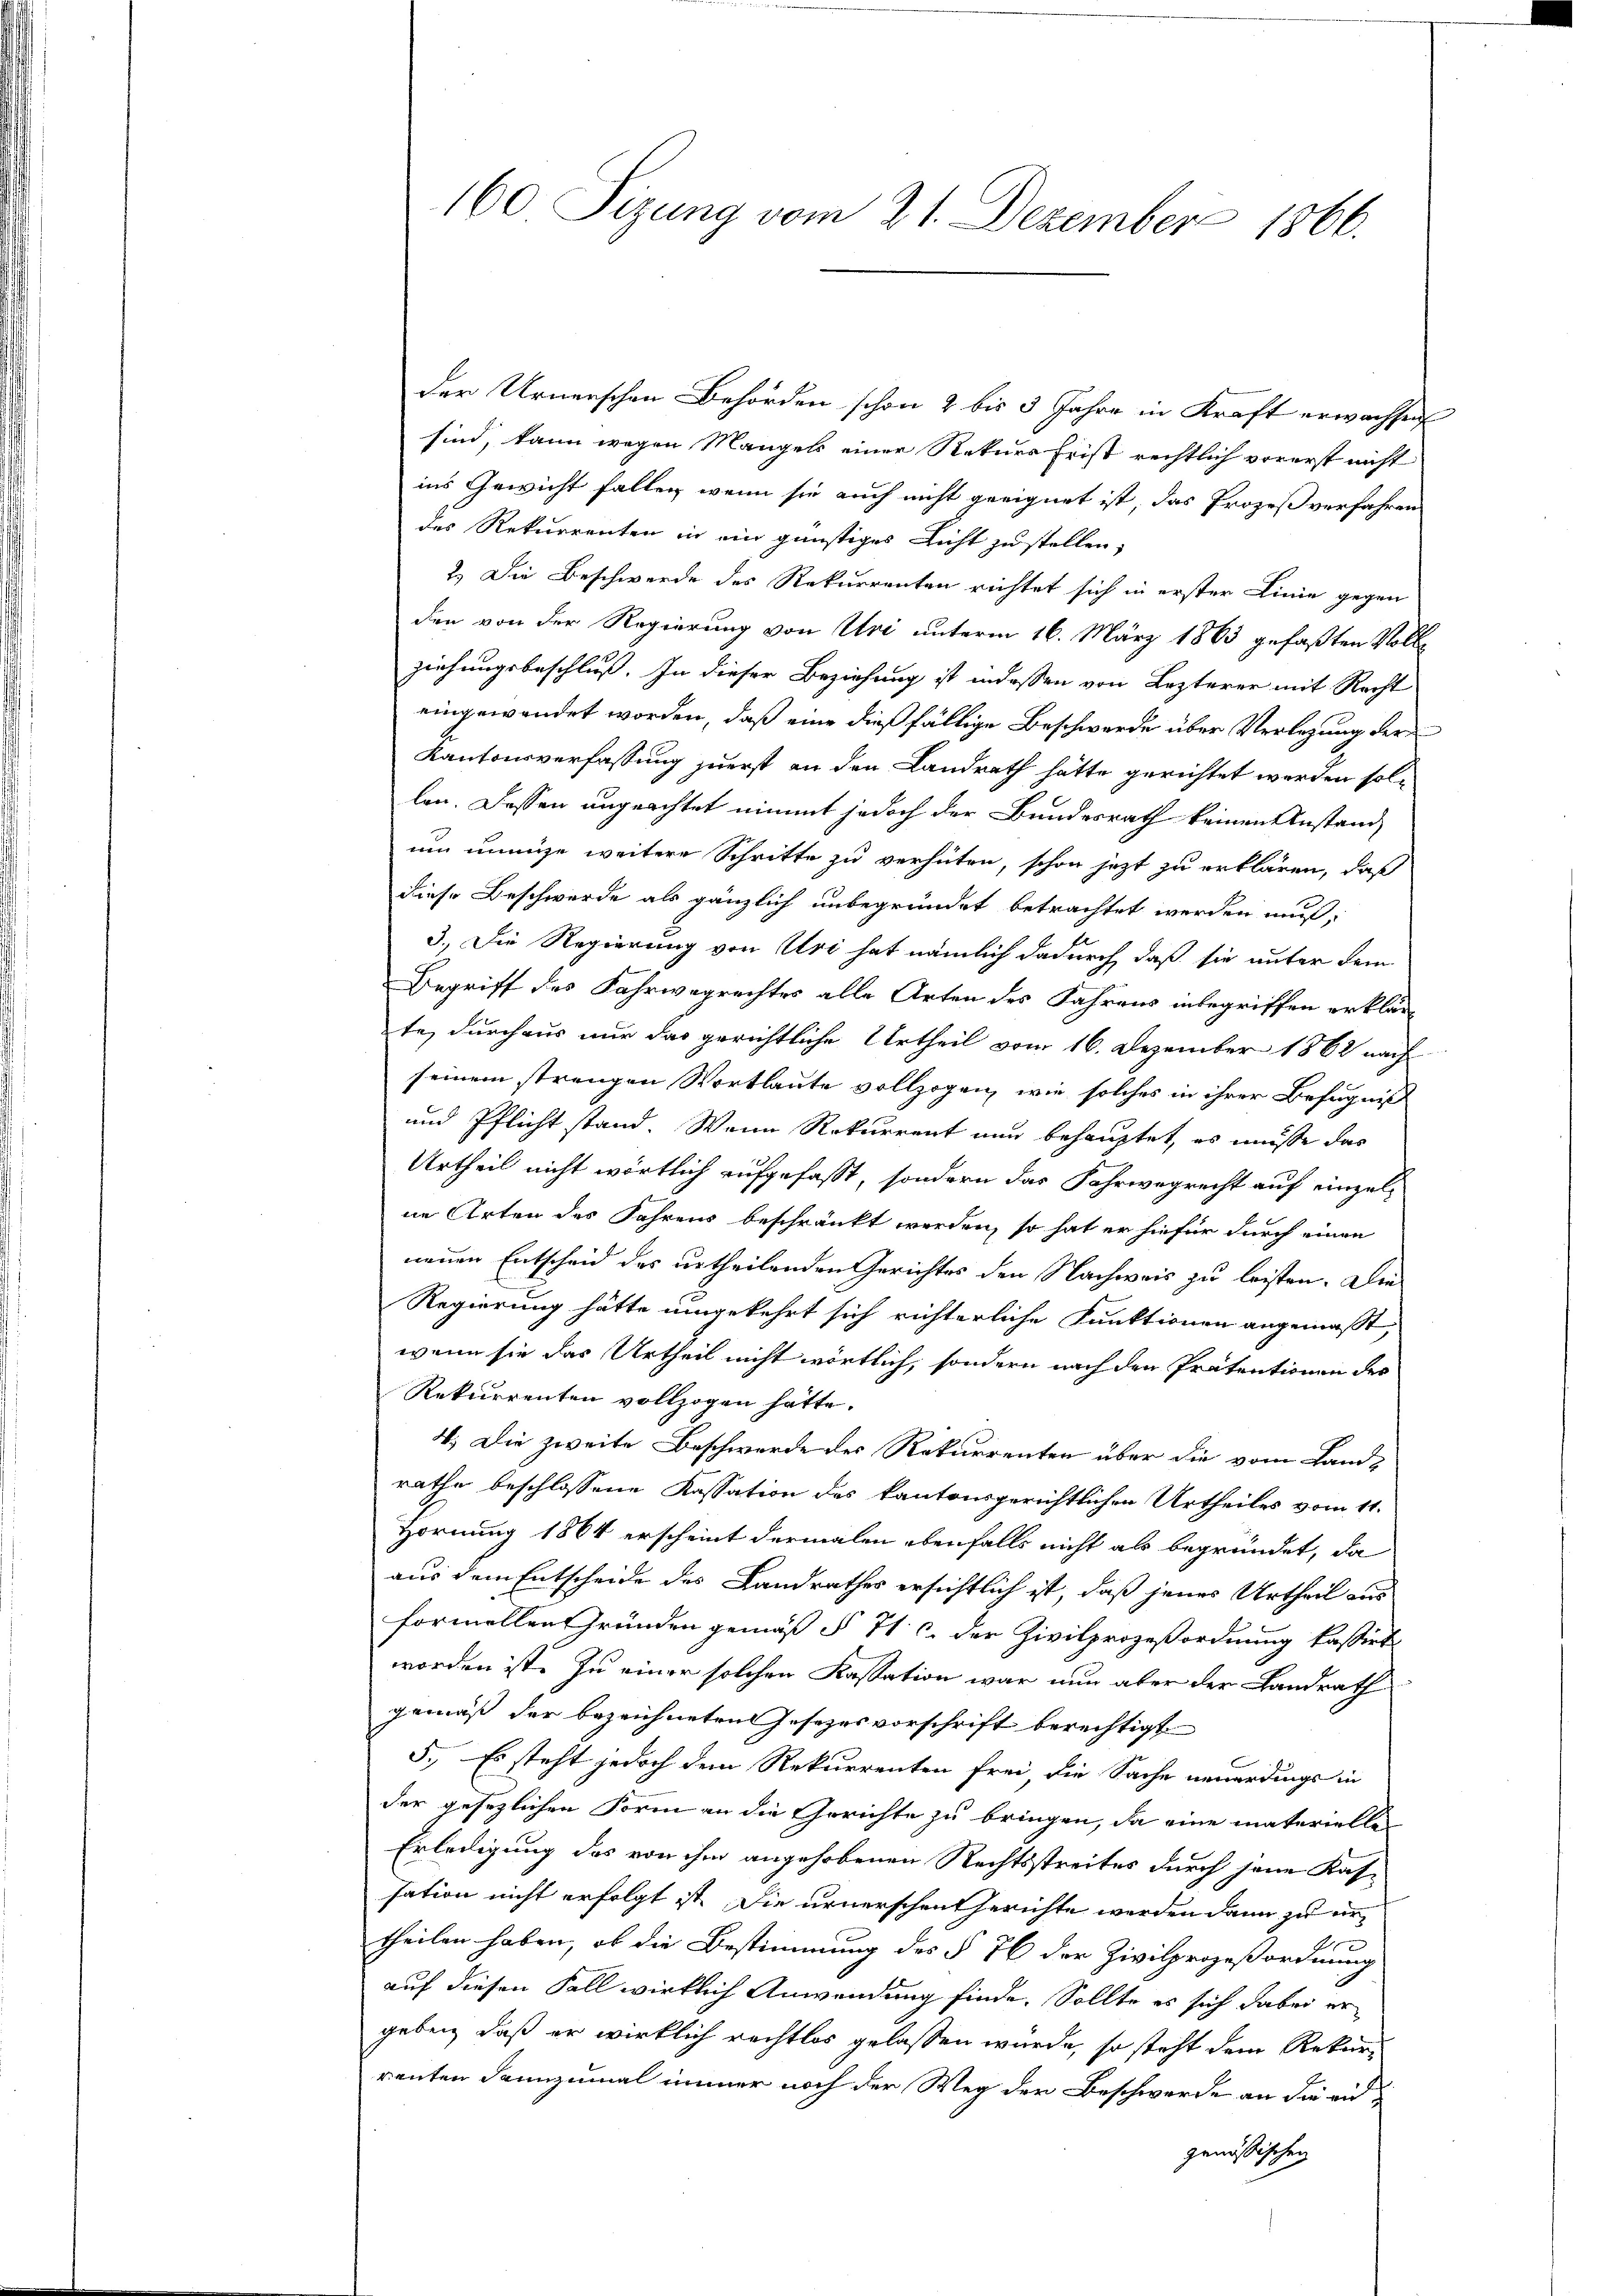
der Urnenschen Behörden schon 2 bis 3 Jahre in Kraft erwachsen
sind, kann wegen Mangels einer Rekurs Frist rechtlich vorerst nicht
ins Gewicht fallen, wenn sie auch nicht geeignet ist, das Prozeß verfahren
des Rekurrenten in ein günstiges Licht zu stellen,
2.) Die Beschwerde des Rekurrenten richtet sich in erster Linie gegen
den von der Regierung von Uri unterm 16. März 1863 gefaßten Vollziehungsbeschluß. In dieser Beziehung ist indessen von Lezterer mit Recht
eingewendet worden, daß eine dießfällige Beschwerde über Verlegung der
Kantonsverfassung zuerst an den Landrath hätte gerichtet werden sollen. Dassen ungeachtet nimmt jedoch der Bundesrath keinen Anstand
um unnüze weitere Schritte zu verhüten, schon jezt zu erklären, daß
diese Beschwerde als gänzlich unbegründet betrachtet werden muß,
3.) Die Regierung von Uri hat nämlich dadurch, daß sie unter dem
Begriff des Fahrwegrechtes alle Arten des Jahrens inbegriffen erklär
te, durchaus nur das gerichtliche Urtheil vom 16. Dezember 1862 nach
seinem strengen Wortlaute vollzogen, wie solches in ihrer Befugniß
und Pflicht stand. Wenn Rekurrent nun behauptet, es müsse das
Urtheil nicht wörtlich aufgefasst, sondern das Fahrwegrecht auf einzelne Arten des Jahrens beschränkt werden, so hat er hiefür durch einen
neuen Entscheid des urtheilenden Gerichtes den Nachweis zu leisten. Die
Regierung hätte umgekehrt sich richterliche Funktionen angemaßt,
wenn sie das Urtheil nicht wörtlich, sondern nach den Prätentionen des
Rekurrenten vollzogen hätte.
4. Die zweite Beschwerde des Rekurrenten über die vom Land-
rathe beschlossene Kassation des kantonsgerichtlichen Urtheiles vom 11.
Hornung 1864 erscheint dermalen ebenfalls nicht als begründet, da
aus dem Entscheide des Landrathes ersichtlich ist, daß jenes Urtheil aus
formellen Gründen gemäß § 71 c. der Zivilprozeßordnung kassirt
worden ist. Zu einer solchen Kassation war nun aber der Landrath
gemäß der bezeichneten Jesezesvorschrift berechtigt
5. Es steht jedoch dem Rekurrenten frei, die Sache neuerdings in
der gesezlichen Form an die Gerichte zu bringen, da eine materiellen
Erledigung das von ihm angehobenen Rechtsstreites durch jene Kassation nicht erfolgt ist. Die urnerschentherichte werden dann zu ertheilen haben, ob die Bestimmung des § 76 der Zivilprozeßordnung
auf diesen Fall wirklich Anwendung finde. Sollte es sich dabei ergeben, daß er wirklich rechtlos gelassen wurde, so steht dem Rekurrenten dannzumal immer noch der Weg der Beschwerde an die angenössischen

160 Sizung vom 21. Dezember 1866.